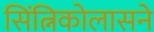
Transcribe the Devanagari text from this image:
सिंत्निकोलासने